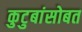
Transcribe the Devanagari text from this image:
कुटुबांसोबत